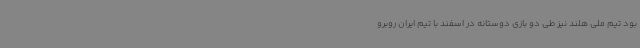
بود تیم ملی هلند نیز طی دو بازی دوستانه در اسفند با تیم ایران روبرو